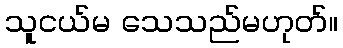
သူငယ်မ သေသည်မဟုတ်။